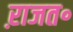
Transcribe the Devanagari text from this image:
ऱाजत॰